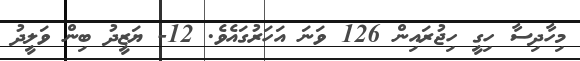
މިހާދިސާ ހިގީ ހިޖުރައިން 126 ވަނަ އަހަރުގައެވެ. 12- ޔަޒީދު ބިން ވަލީދު